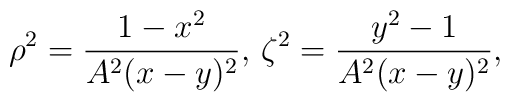
\rho^2 = \frac{1-x^2}{A^2(x-y)^2},\, \zeta^2 =\frac{y^2-1}{A^2(x-y)^2},